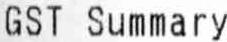
GST SUMMARY